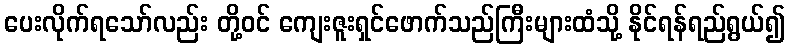
ပေးလိုက်ရသော်လည်း တို့ဝင် ကျေးဇူးရှင်ဖောက်သည်ကြီးများထံသို့ နိုင်ရန်ရည်ရွယ်၍